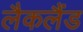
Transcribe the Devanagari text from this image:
लैकलैंड